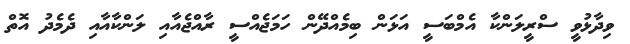
ވިދާޅުވީ ސްރީލަންކާ އެމްބަސީ އަޅަން ބިމެއްދޭން ހަމަޖެއްސީ ރާއްޖެއާއި ލަންކާއާއި ދެމެދު އޮތް